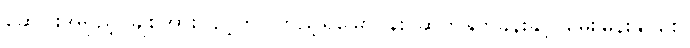
ဆွေဝါးအရှည့်၊ ချစ်အားပြည့်က၊ ကြည့်ရှုမြှော်ငန်း၊ ဆက်နှုတ်ခွန်းနှင့်၊ မေးမြန်းနိုင်စေ၊